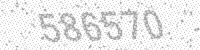
Solution: 586570